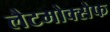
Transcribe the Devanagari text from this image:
लैटमोक्सेफ